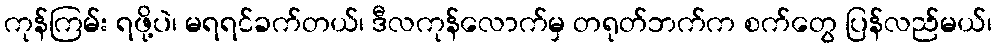
ကုန်ကြမ်း ရဖို့ပဲ၊ မရရင်ခက်တယ်၊ ဒီလကုန်လောက်မှ တရုတ်ဘက်က စက်တွေ ပြန်လည်မယ်၊